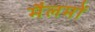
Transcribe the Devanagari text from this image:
मैलमों